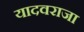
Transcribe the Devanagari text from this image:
यादवराजा